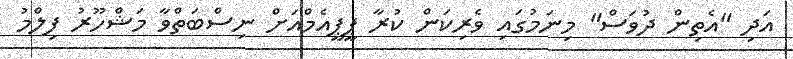
އަދި "އެތިން ދުވަސް" މިނަމުގައި ވެރިކަން ކުރާ ޕީޕީއެމްއަށް ނިސްބަތްވާ މަޝްހޫރު ފިލްމު